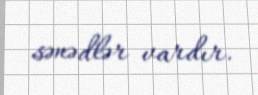
sənədlər vardır.